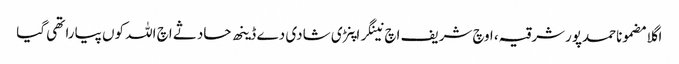
اگلا مضموناحمدپورشرقیہ، اوچ شریف اچ نینگر اپنڑی شادی دے ڈینھ حادثے اچ اللہ کوں پیارا تھی گیا